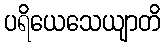
ပရိယေသေယျာတိ